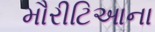
મૌરીટિઆના